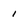
Character: l